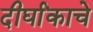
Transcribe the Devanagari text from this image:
दीर्घांकाचे